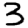
Digit: 3